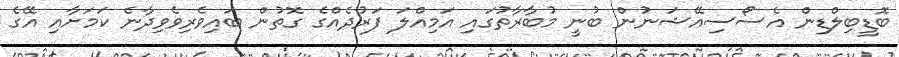
ބޮޑީބިލްޑިން އެސޯސިއޭޝަނުން ބުނީ މުބާރާތުގައި އަމިއްލަ ފަރުދެއްގެ ގޮތުން ބައިވެރިވެވިދާނެ ކަމަށާއި އޭގެ